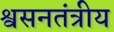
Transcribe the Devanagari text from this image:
श्वसनतंत्रीय